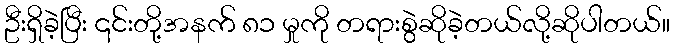
ဦးရှိခဲ့ပြီး ၎င်းတို့အနက် ၈၁ မှုကို တရားစွဲဆိုခဲ့တယ်လို့ဆိုပါတယ်။